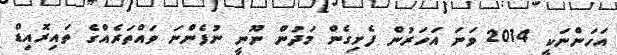
އަހަންނަކީ 2014 ވަނަ އަހަރުން ފެށިގެން މަދުން ނޫނީ ނުފެންނަ ވައްތަރެއްގެ ތައިރޮއިޑް